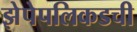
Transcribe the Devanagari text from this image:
झेपेपलिकडची